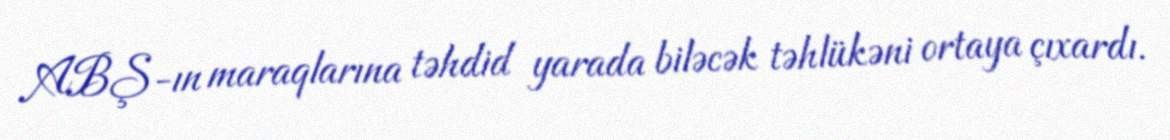
ABŞ-ın maraqlarına təhdid yarada biləcək təhlükəni ortaya çıxardı.